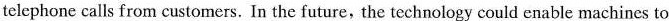
tclephone calls from customers. In the future, the technology could enable machines to